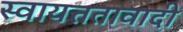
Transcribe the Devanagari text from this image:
स्वायत्ततावादी